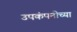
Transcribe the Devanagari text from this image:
उपकंपनीच्या